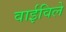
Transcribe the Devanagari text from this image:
वाईविले